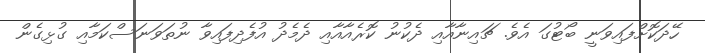
ހޭދަކޮށްފައިވަނީ ބޯޓުގަ އެވެ. ޗައިނާއާއި ދެކުނު ކޮރެއާއާއި ދެމެދު އުފެދިފައިވާ ނުތަވަނަސްކަމާއި ގުޅިގެން